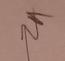
Signature authenticity: genuine